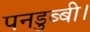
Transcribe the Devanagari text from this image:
पनडुब्‍बी।